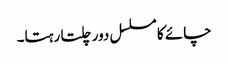
چائے کا مسلسل دور چلتا رہتا۔